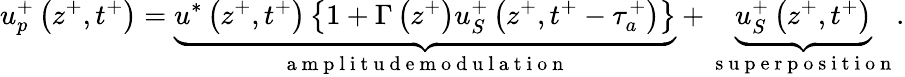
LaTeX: u_{p}^{+}\left(z^{+},t^{+}\right)=\underbrace{u^{*}\left(z^{+},t^{+}\right)\left\{ 1+\Gamma\left(z^{+}\right)u_{S}^{+}\left(z^{+},t^{+}-\tau_{a}^{+}\right)\right\} }_{\mathrm{~a~m~p~l~i~t~u~d~e~m~o~d~u~l~a~t~i~o~n~}}+\underbrace{u_{S}^{+}\left(z^{+},t^{+}\right)}_{\mathrm{~s~u~p~e~r~p~o~s~i~t~i~o~n~}}.